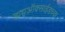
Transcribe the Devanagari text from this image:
डायऑक्साईडच्या